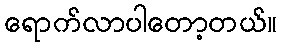
ရောက်လာပါတော့တယ်။